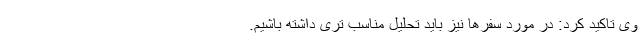
وی تاکید کرد: در مورد سفرها نیز باید تحلیل مناسب تری داشته باشیم.